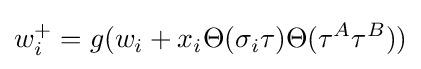
w_{i}^{+}=g(w_{i}+x_{i}\Theta (\sigma _{i}\tau )\Theta (\tau ^{A}\tau ^{B}))